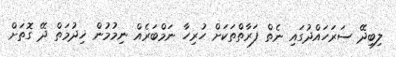
ލިބިދޭ ސަރަހައްދުގައި ނެތް ފަރާތްތަކަށް ހުރިހާ ނަމްބަރެއް ނިމުމުން ޚިދުމަތް ދޭ ގޮތަށް